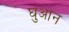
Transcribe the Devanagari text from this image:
घुआन